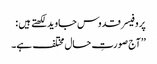
پروفیسر قدوس جاوید لکھتے ہیں :
’’آج صورتِ حال مختلف ہے۔